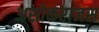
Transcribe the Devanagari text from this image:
असोकराजस